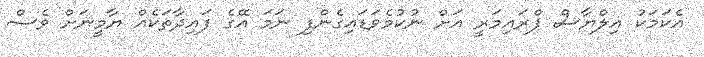
އެކަމަކު އިލްޔާސް ޕްރައިމަރީ އަށް ނުކުމެވަޑައިގެންފި ނަމަ އޭގެ ފައިދާތަކެއް ޔާމީނަށް ވެސް